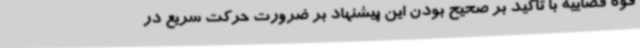
قوه قضاییه با تاکید بر صحیح بودن این پیشنهاد بر ضرورت حرکت سریع در